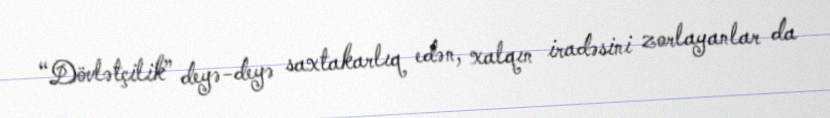
“Dövlətçilik” deyə-deyə saxtakarlıq edən, xalqın iradəsini zorlayanlar da